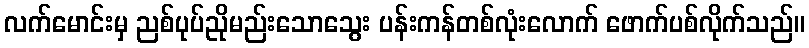
လက်မောင်းမှ ညစ်ပုပ်ညိုမည်းသောသွေး ပန်းကန်တစ်လုံးလောက် ဖောက်ပစ်လိုက်သည်။